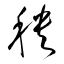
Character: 秧